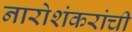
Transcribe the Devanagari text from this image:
नारोशंकरांची